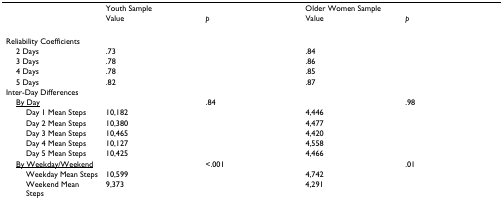
|  | Youth Sample |  | Older Women Sample |  |
 |  | Value | p | Value | p |
 | --- | --- | --- | --- | --- |
 | Reliability Coefficients |  |  |  |  |
 | 2 Days | .73 |  | .84 |  |
 | 3 Days | .78 |  | .86 |  |
 | 4 Days | .78 |  | .85 |  |
 | 5 Days | .82 |  | .87 |  |
 | Inter-Day Differences |  |  |  |  |
 | <underline>By Day</underline> |  | .84 |  | .98 |
 | Day 1 Mean Steps | 10,182 |  | 4,446 |  |
 | Day 2 Mean Steps | 10,380 |  | 4,477 |  |
 | Day 3 Mean Steps | 10,465 |  | 4,420 |  |
 | Day 4 Mean Steps | 10,127 |  | 4,558 |  |
 | Day 5 Mean Steps | 10,425 |  | 4,466 |  |
 | <underline>By Weekday/Weekend</underline> |  | <.001 |  | .01 |
 | Weekday Mean Steps | 10,599 |  | 4,742 |  |
 | Weekend Mean Steps | 9,373 |  | 4,291 |  |